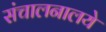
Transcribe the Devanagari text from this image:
संचालनालये